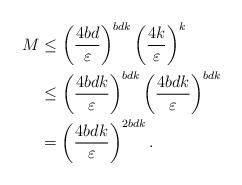
LaTeX: \begin{align*} M &\le\left(\frac{4bd}{\varepsilon} \right)^{bdk} \left( \frac{4k}{\varepsilon}\right)^k\\ &\le\left(\frac{4bdk}{\varepsilon} \right)^{bdk} \left( \frac{4bdk}{\varepsilon}\right)^{bdk}\\ &= \left( \frac{4bdk}{\varepsilon}\right)^{2bdk}. \end{align*}